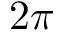
2 \pi